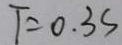
T = 0 . 3 s